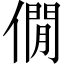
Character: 僩